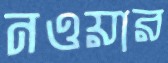
নওয়ার